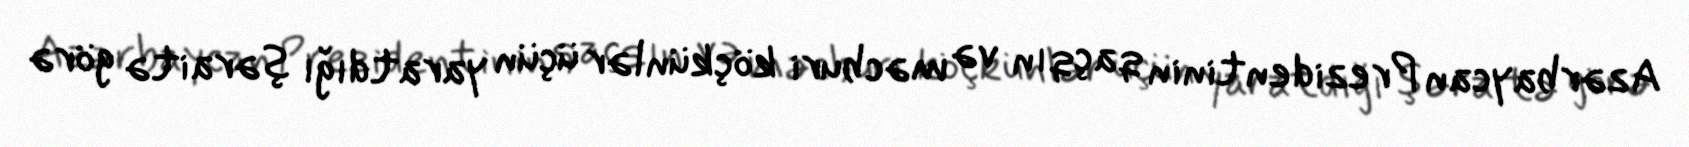
Azərbaycan Prezidentinin qaçqın və məcburi köçkünlər üçün yaratdığı şəraitə görə